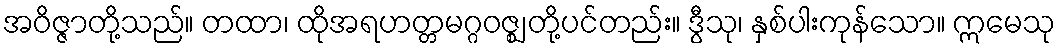
အဝိဇ္ဇာတို့သည်။ တထာ၊ ထိုအရဟတ္တမဂ္ဂဝဇ္ဈ တို့ပင်တည်း။ ဒွီသု၊ နှစ်ပါးကုန်သော။ ဣမေသု